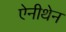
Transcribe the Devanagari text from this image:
ऐनीथेन